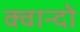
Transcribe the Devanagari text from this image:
क्वान्दो